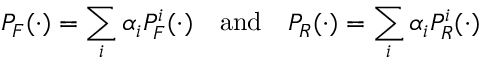
P _ { F } ( \cdot ) = \sum _ { i } \alpha _ { i } P _ { F } ^ { i } ( \cdot ) \quad \mathrm { a n d } \quad P _ { R } ( \cdot ) = \sum _ { i } \alpha _ { i } P _ { R } ^ { i } ( \cdot )